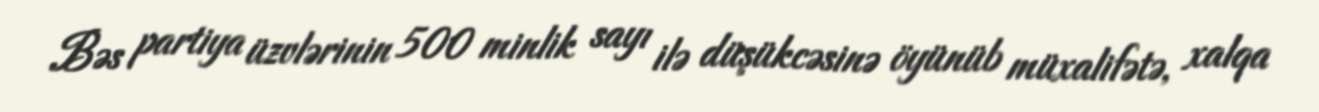
Bəs partiya üzvlərinin 500 minlik sayı ilə düşükcəsinə öyünüb müxalifətə, xalqa